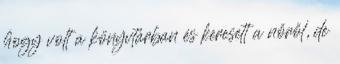
hogy volt a könyvtárban és keresett a nőről, de